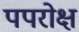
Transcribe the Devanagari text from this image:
पपरोक्ष